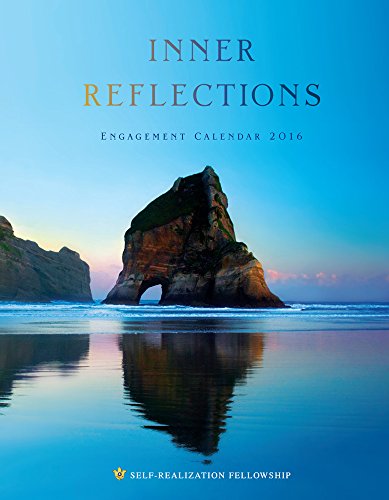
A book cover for Inner Reflections 2016 Engagement Calendar; Paramahansa Yogananda; Calendars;